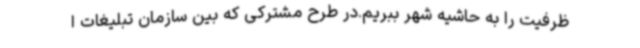
ظرفیت را به حاشیه شهر ببریم.در طرح مشترکی که بین سازمان تبلیغات ا